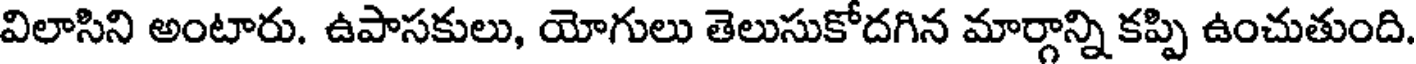
విలాసిని అంటారు. ఉపాసకులు, యోగులు తెలుసుకోదగిన మార్గాన్ని కప్పి ఉంచుతుంది